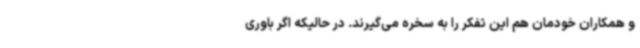
و همکاران خودمان هم این تفکر را به سخره می‌گیرند. در حالیکه اگر باوری